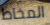
المخاط